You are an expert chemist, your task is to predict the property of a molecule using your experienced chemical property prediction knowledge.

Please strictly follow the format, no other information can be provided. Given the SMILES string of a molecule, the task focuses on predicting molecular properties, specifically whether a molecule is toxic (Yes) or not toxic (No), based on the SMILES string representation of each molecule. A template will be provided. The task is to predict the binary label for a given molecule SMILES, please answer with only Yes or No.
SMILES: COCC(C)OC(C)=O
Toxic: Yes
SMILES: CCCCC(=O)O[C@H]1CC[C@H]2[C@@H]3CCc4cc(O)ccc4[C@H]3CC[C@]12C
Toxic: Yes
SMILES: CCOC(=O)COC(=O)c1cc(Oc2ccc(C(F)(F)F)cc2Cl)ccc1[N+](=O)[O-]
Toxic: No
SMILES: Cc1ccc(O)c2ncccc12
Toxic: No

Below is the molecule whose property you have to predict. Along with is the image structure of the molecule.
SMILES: CCCC(=O)O[C@]1(C(=O)COC(=O)CC)CC[C@H]2[C@@H]3CCC4=CC(=O)CC[C@]4(C)[C@H]3[C@@H](O)C[C@@]21C
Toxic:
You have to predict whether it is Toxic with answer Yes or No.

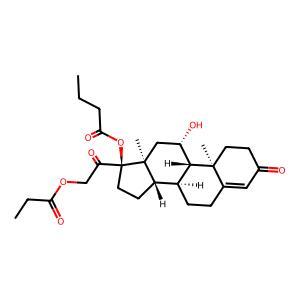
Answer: Yes